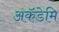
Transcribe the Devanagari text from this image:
अकॅडेमि